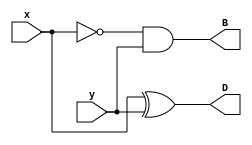
module Lab2_half_sub_behavior(output reg D, B, input x, y);
	
	always @(x,y)
	begin
	D=x^y;
	B=!x&&y;
	end
endmodule